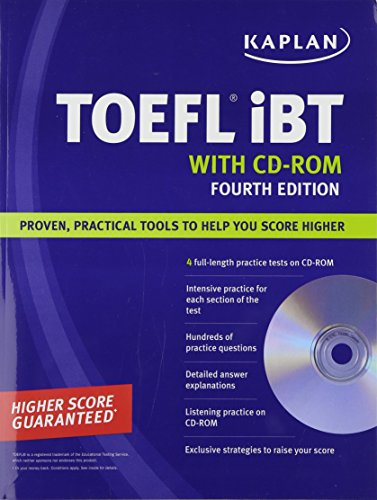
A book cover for Kaplan TOEFL iBT with CD-ROM (Kaplan TOEFL IBT (w/CD)); Kaplan; Test Preparation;